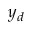
y _ { d }